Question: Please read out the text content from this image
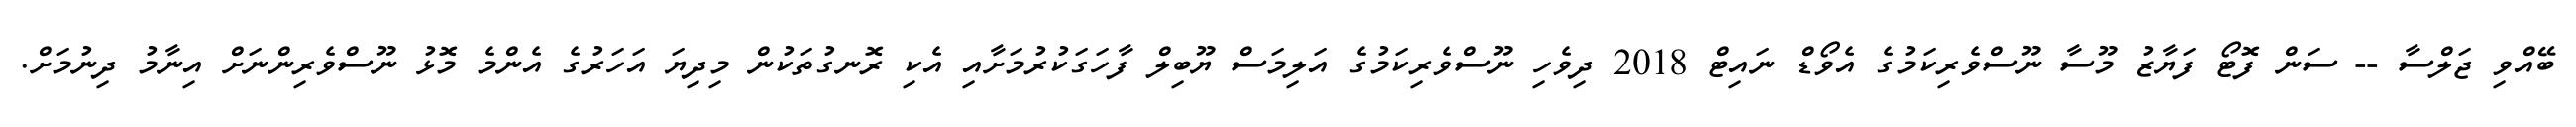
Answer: ބޭއްވި ޖަލްސާ -- ސަން ފޮޓޯ ފަޔާޒު މޫސާ ނޫސްވެރިކަމުގެ އެވޯޑް ނައިޓް 2018 ދިވެހި ނޫސްވެރިކަމުގެ އަލިމަސް ޔޫބިލް ފާހަގަކުރުމަށާއި އެކި ރޮނގުތަކުން މިދިޔަ އަހަރުގެ އެންމެ މޮޅު ނޫސްވެރިންނަށް އިނާމު ދިނުމަށް.